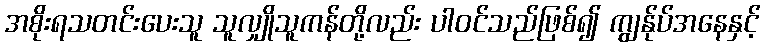
အစိုးရသတင်းပေးသူ သူလျှိုသူကန်တို့လည်း ပါဝင်သည်ဖြစ်၍ ကျွန်ုပ်အနေနှင့်